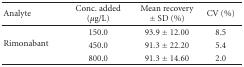
| Analyte | Conc. added (μg/L) | Mean recovery ± SD (%) | CV (%) |
 | --- | --- | --- | --- |
 | <ROWSPAN=3> Rimonabant | 150.0 | 93.9 ± 12.00 | 8.5 |
 | 450.0 | 91.3 ± 22.20 | 5.4 |
 | 800.0 | 91.3 ± 14.60 | 2.0 |